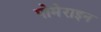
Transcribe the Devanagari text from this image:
पोमेराइन